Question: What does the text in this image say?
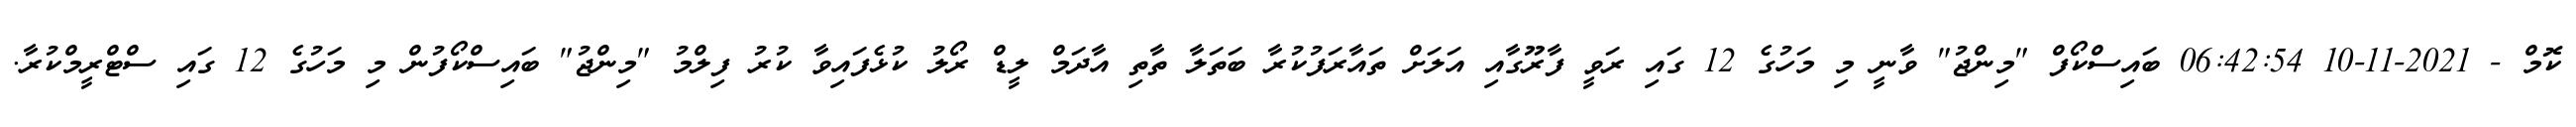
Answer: ކޮމް - 2021-11-10 06:42:54 ބައިސްކޯފް "މިންޖު" ވާނީ މި މަހުގެ 12 ގައި ރަވީ ފާރޫގާއި އަލަށް ތައާރަފުކުރާ ބަތަލާ ތާތި އާދަމް ލީޑް ރޯލު ކުޅެފައިވާ ކުރު ފިލްމު "މިންޖު" ބައިސްކޯފުން މި މަހުގެ 12 ގައި ސްޓްރީމްކުރާ.